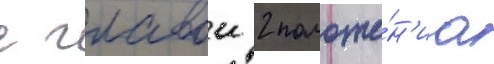
с главои 2 положе́н'иа